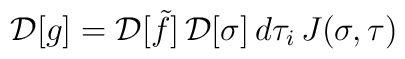
{\cal D}[g] = {\cal D}[\tilde f] \, {\cal D}[\sigma] \, d\tau_i \,  J(\sigma,\tau)